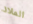
الملاذ